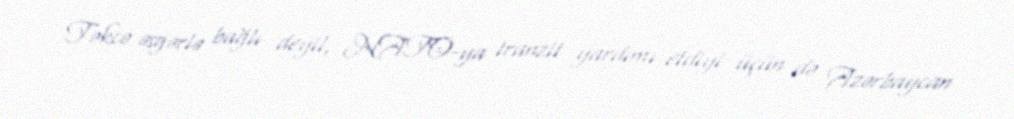
Təkcə əsgərlə bağlı deyil, NATO-ya tranzit yardımı etdiyi üçün də Azərbaycan